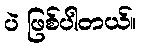
ပဲ ဖြစ်ပါတယ်။